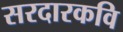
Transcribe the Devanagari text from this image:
सरदारकवि